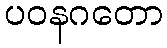
ပဝနဂတော